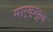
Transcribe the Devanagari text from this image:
मार्क्यूज़